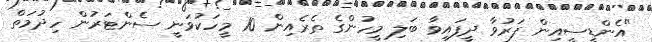
"އެންޑީސީއިން ފަރުވާ ދީފައިވާ ބަލި މީހުންގެ ތެރެއިން 10 މީހަކުވަނީ ސެންޓަރުން ހިދުމަތް